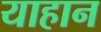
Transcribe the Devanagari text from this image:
याहान